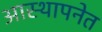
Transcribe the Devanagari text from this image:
आस्थापनेत